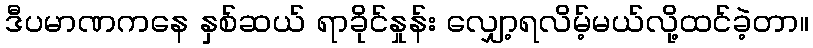
ဒီပမာဏကနေ နှစ်ဆယ် ရာခိုင်နှုန်း လျှော့ရလိမ့်မယ်လို့ထင်ခဲ့တာ။